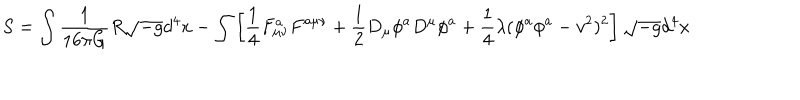
S = \int \frac { 1 } { 1 6 \pi G } R \sqrt { - g } d ^ { 4 } x - \int \left[ \frac { 1 } { 4 } F _ { \mu \nu } ^ { a } F ^ { a \mu \nu } + \frac { 1 } { 2 } D _ { \mu } \phi ^ { a } D ^ { \mu } \phi ^ { a } + \frac { 1 } { 4 } \lambda ( \phi ^ { a } \phi ^ { a } - v ^ { 2 } ) ^ { 2 } \right] \sqrt { - g } d ^ { 4 } x \